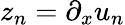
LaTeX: z_{n}=\partial_{x}u_{n}